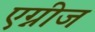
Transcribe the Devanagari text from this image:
एग्नीज